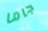
جاما